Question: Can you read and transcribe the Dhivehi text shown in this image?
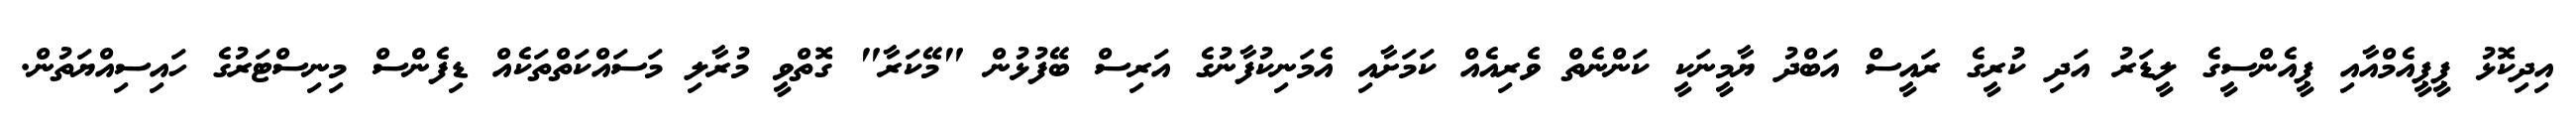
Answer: އިދިކޮޅު ޕީޕީއެމްއާއި ޕީއެންސީގެ ލީޑަރު އަދި ކުރީގެ ރައީސް އަބްދު ޔާމީނަކީ ކަންނެތް ވެރިއެއް ކަމަށާއި އެމަނިކުފާނުގެ އަރިސް ބޭފުޅުން "މޭކަރާ" ގޮތްވީ މުރާލި މަސައްކަތްތަކެއް ޑިފެންސް މިނިސްޓަރުގެ ހައިސިއްޔަތުން.